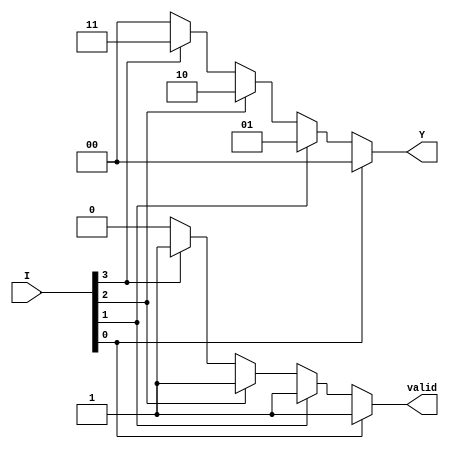
module priority_encoder (
    input wire [3:0] I,     // 4 input lines
    output reg [1:0] Y,     // 2-bit output for the encoded index
    output reg valid         // Output to indicate if any input is active
);

    always @(*) begin
        // Default values
        Y = 2'b00;   // Default output when no input is active
        valid = 1'b0; // Default valid signal
        
        // Priority encoding logic
        if (I[0]) begin
            Y = 2'b00; // Highest priority I0
            valid = 1'b1;
        end
        else if (I[1]) begin
            Y = 2'b01; // I1 is the highest active input
            valid = 1'b1;
        end
        else if (I[2]) begin
            Y = 2'b10; // I2 is the highest active input
            valid = 1'b1;
        end
        else if (I[3]) begin
            Y = 2'b11; // I3 is the highest active input
            valid = 1'b1;
        end
        // If no inputs are active, Y remains 00 and valid remains 0.
    end

endmodule